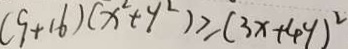
( 9 + 1 6 ) ( x ^ { 2 } + y ^ { 2 } ) \geq ( 3 x + 4 y ) ^ { 2 }